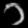
Digit: ၁